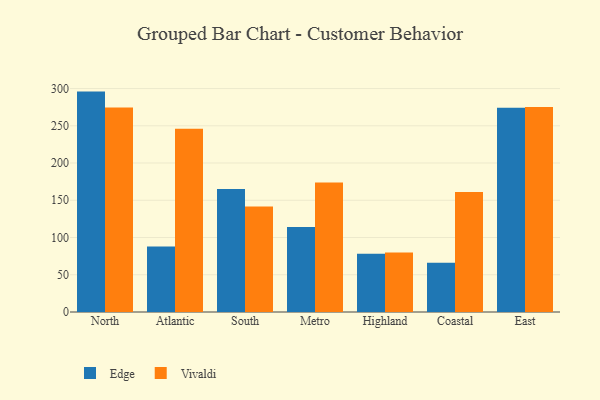
{"axis": {"x": "Region", "y": "Latency (ms)"}, "legend": ["Edge", "Vivaldi"], "data": [{"x": "North", "y": 295.9, "type": "Edge"}, {"x": "North", "y": 274.7, "type": "Vivaldi"}, {"x": "Atlantic", "y": 87.8, "type": "Edge"}, {"x": "Atlantic", "y": 246.1, "type": "Vivaldi"}, {"x": "South", "y": 165.2, "type": "Edge"}, {"x": "South", "y": 141.5, "type": "Vivaldi"}, {"x": "Metro", "y": 114.0, "type": "Edge"}, {"x": "Metro", "y": 173.8, "type": "Vivaldi"}, {"x": "Highland", "y": 78.2, "type": "Edge"}, {"x": "Highland", "y": 79.9, "type": "Vivaldi"}, {"x": "Coastal", "y": 66.1, "type": "Edge"}, {"x": "Coastal", "y": 161.2, "type": "Vivaldi"}, {"x": "East", "y": 274.2, "type": "Edge"}, {"x": "East", "y": 275.3, "type": "Vivaldi"}]}